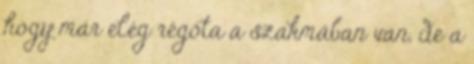
hogy már elég régóta a szakmában van, de a